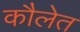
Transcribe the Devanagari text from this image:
कौलेत